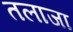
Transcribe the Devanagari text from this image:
तलाजा